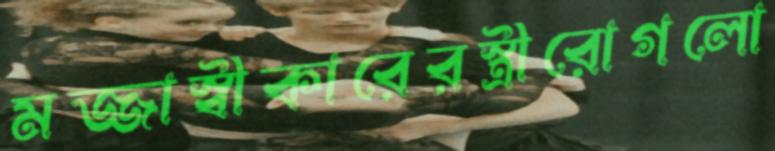
মজ্জাস্বীকারেরস্ত্রীরোগলো